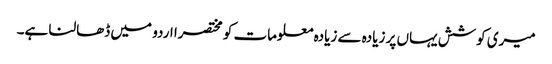
میری کوشش یہاں پر زیادہ سے زیادہ معلومات کو مختصرا اردو میں ڈھالنا ہے۔